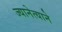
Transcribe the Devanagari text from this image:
ज्यानेत्याने